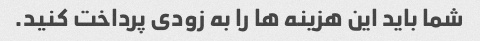
شما باید این هزینه ها را به زودی پرداخت کنید.